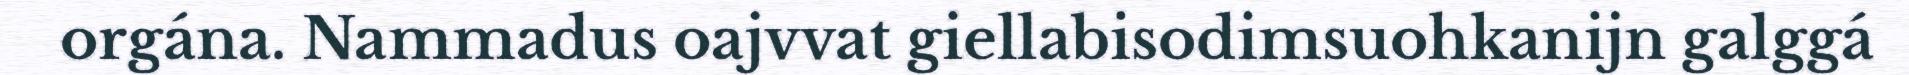
orgána. Nammadus oajvvat giellabisodimsuohkanijn galggá